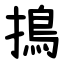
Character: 㨶